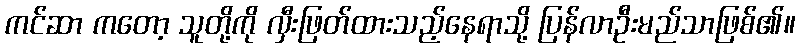
ကင်ဆာ ကတော့ သူတို့ကို လှီးဖြတ်ထားသည့်နေရာသို့ ပြန်လာဦးမည်သာဖြစ်၏။